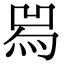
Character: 𤉡